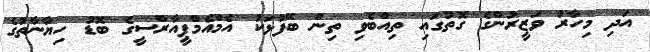
އަދި މިހާރު ވަޒީރުންގެ ގޮތުގައި ތިއްބެވި ތިން ބޭފުޅަކު އެމްއެމްޕީއާރްސީގެ ބޮޑު ހިޔާނާތުގެ